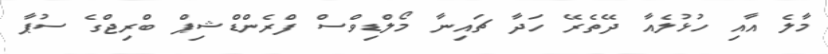
މާލެ އާއި ހުޅުލެއާ ދޭތެރޭ ހަދާ ޗައިނާ މޯލްޑިވްސް ފްރެންޑްޝިޕް ބްރިޖްގެ ސުޕާ